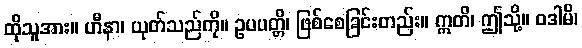
ထိုသူအား။ ဟီနာ၊ ယုတ်သည်ကို။ ဥပပတ္တိ၊ ဖြစ်စေခြင်းတည်း။ ဣတိ၊ ဤသို့။ ဝဒါမိ၊